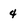
Character: 4